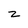
Character: z